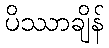
ပိဿာချိန်